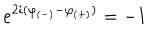
e ^ { 2 i ( \varphi _ { ( - ) } - \varphi _ { ( + ) } ) } = - 1